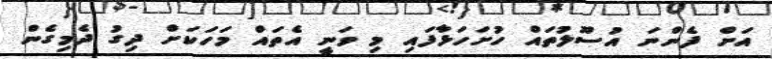
އަށް ފެންނަ އުސޫލުތައް ހުށަހަޅާފައި މި ވަނީ އެތައް މަހަކަށް ދިގު ދެމިގެން